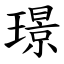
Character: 璟